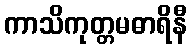
ကာသိကုတ္တမဓာရိနီ